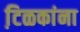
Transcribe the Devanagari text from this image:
टि़ळकांना